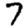
Digit: 7